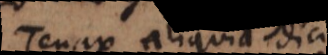
Tenax aliquid dici